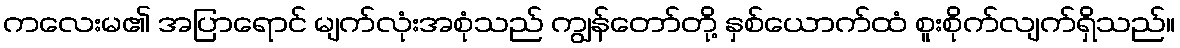
ကလေးမ၏ အပြာရောင် မျက်လုံးအစုံသည် ကျွန်တော်တို့ နှစ်ယောက်ထံ စူးစိုက်လျက်ရှိသည်။